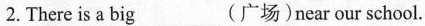
2. There is a big___(广场)near our school.